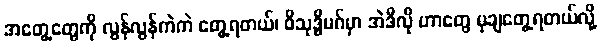
အတွေ့တွေကို လွန်လွန်ကဲကဲ တွေ့ရတယ်၊ ဝိသုဒ္ဓိမဂ်မှာ အဲဒီလို ဟာတွေ မုချတွေ့ရတယ်လို့